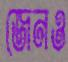
জেনও